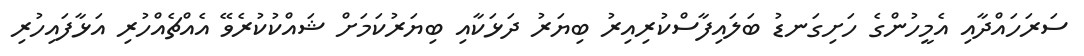
ސަރަހައްދާއި އެމީހުންގެ ހަށިގަނޑު ބަލައިފާސްކުރިއިރު ބިޔަރު ދަޅަކާއި ބިޔަރުކަމަށް ޝައްކުކުރެވޭ އެއްޗެއްހުރި އަޅާފައިހުރި